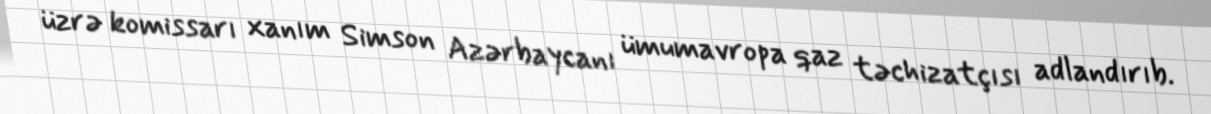
üzrə komissarı xanım Simson Azərbaycanı ümumavropa qaz təchizatçısı adlandırıb.